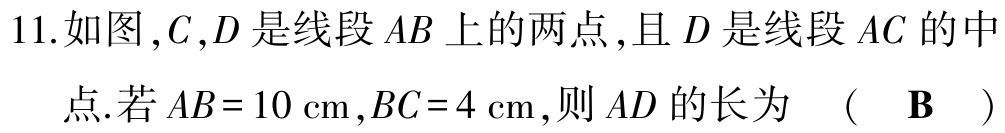
11.如图，$C,D$是线段$AB$上的两点，且$D$是线段$AC$的中

点.若$AB = 10\mathrm{cm},BC = 4\mathrm{cm}$，则$AD$的长为 （ $\mathbf{B}$ ）